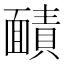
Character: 𮧐